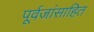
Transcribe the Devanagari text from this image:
पूर्वजांसाहित